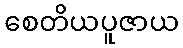
စေတိယပူဇာယ